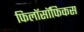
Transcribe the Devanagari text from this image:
फिलॉसॉफिकस